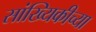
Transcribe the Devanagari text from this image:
सांख्यिकीच्या